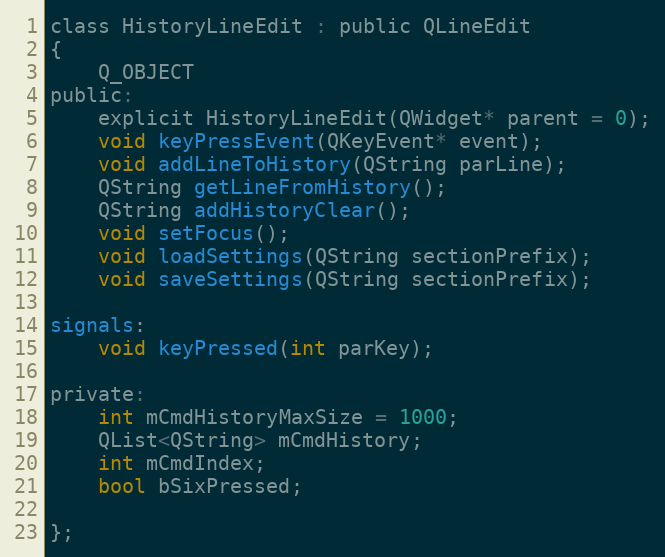
Language: C
class HistoryLineEdit : public QLineEdit
{
    Q_OBJECT
public:
    explicit HistoryLineEdit(QWidget* parent = 0);
    void keyPressEvent(QKeyEvent* event);
    void addLineToHistory(QString parLine);
    QString getLineFromHistory();
    QString addHistoryClear();
    void setFocus();
    void loadSettings(QString sectionPrefix);
    void saveSettings(QString sectionPrefix);

signals:
    void keyPressed(int parKey);

private:
    int mCmdHistoryMaxSize = 1000;
    QList<QString> mCmdHistory;
    int mCmdIndex;
    bool bSixPressed;

};